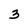
Character: 3